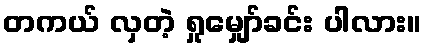
တကယ် လှတဲ့ ရှုမျှော်ခင်း ပါလား။